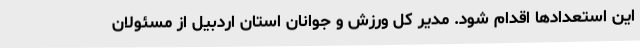
این استعدادها اقدام شود. مدیر کل ورزش و جوانان استان اردبیل از مسئولان